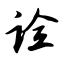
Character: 诠